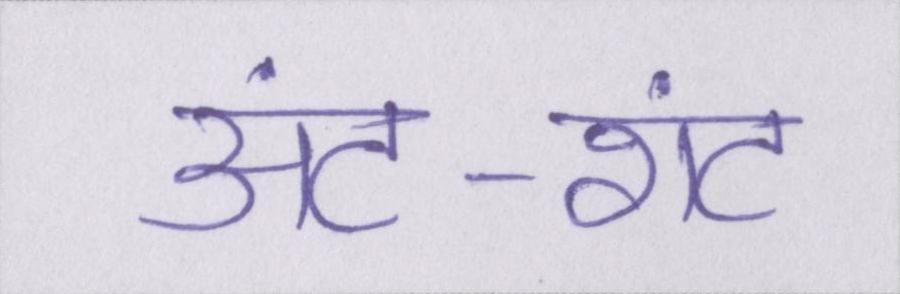
अंट-शंट